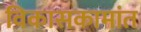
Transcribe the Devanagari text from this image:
विकासकामांत